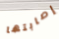
إصابتها